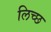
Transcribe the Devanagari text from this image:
लिच्छ